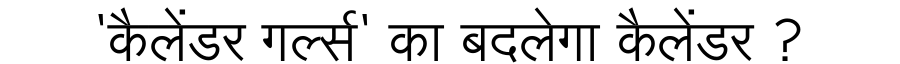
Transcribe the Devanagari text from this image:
'कैलेंडर गर्ल्स' का बदलेगा कैलेंडर ?